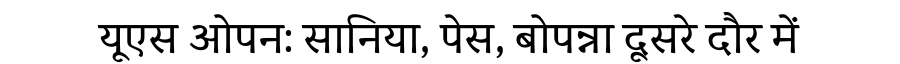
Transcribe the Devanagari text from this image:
यूएस ओपन: सानिया, पेस, बोपन्ना दूसरे दौर में